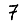
Digit: 7